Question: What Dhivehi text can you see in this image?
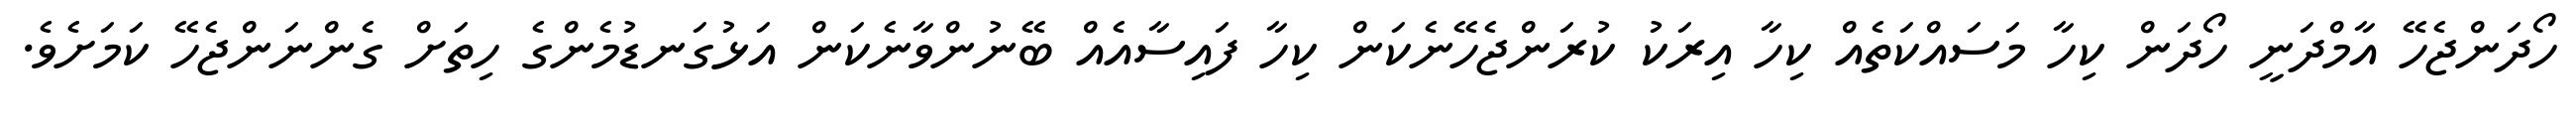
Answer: ހޯދަންޖެހޭ އާމްދަނީ ހޯދަން ކިހާ މަސައްކަތެއް ކިހާ އިރަކު ކުރަންޖެހޭނެކަން ކިހާ ފައިސާއެއް ބޭނުންވާނެކަން އަޅުގަނޑުމެންގެ ހިތަށް ގެންނަންޖެހޭ ކަމަށެވެ.